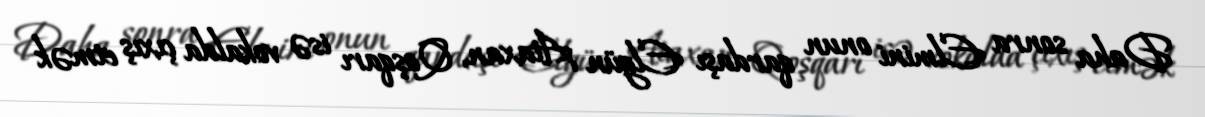
Daha sonra Elmini onun qardaşı Elgün Ataxan, Qoşqarı isə vokalda çıxış etmək